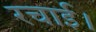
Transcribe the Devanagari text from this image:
रचाई।